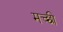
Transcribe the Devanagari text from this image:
मच्छी